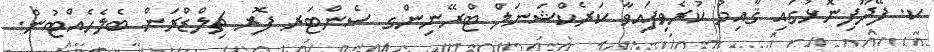
ކ. ފޭދޫފިނޮޅުގައި ޤާއިމު ކުރެވިފައިވާ ކަރެކްޝަނަލް ޓްރޭނިންގ ސެންޓަރ ފޮރ ޗިލްޑްރަން ބެލެހެއްޓުން.